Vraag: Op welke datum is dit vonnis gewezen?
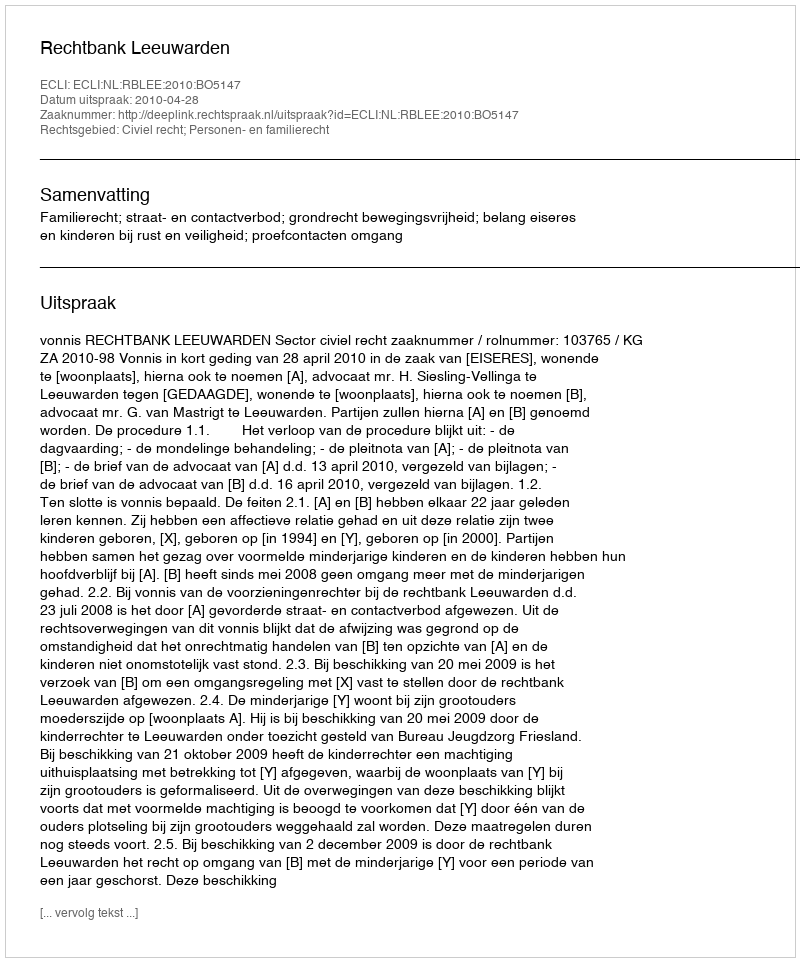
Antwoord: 2010-04-28